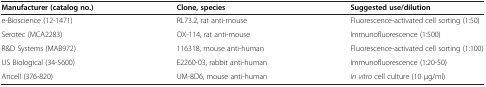
<table><thead><tr><td><b>Manufacturer (catalog no.)</b></td><td><b>Clone, species</b></td><td><b>Suggested use/dilution</b></td></tr></thead><tbody><tr><td>e-Bioscience (12-1471)</td><td>RL73.2, rat anti-mouse</td><td>Fluorescence-activated cell sorting (1:50)</td></tr><tr><td>Serotec (MCA2283)</td><td>OX-114, rat anti-mouse</td><td>Immunofluorescence (1:500)</td></tr><tr><td>R&amp;D Systems (MAB972)</td><td>116318, mouse anti-human</td><td>Fluorescence-activated cell sorting (1:100)</td></tr><tr><td>US Biological (34-5600)</td><td>E2260-03, rabbit anti-human</td><td>Immunofluorescence (1:20-50)</td></tr><tr><td>Ancell (376-820)</td><td>UM-8D6, mouse anti-human</td><td><i>In vitro</i> cell culture (10 μg/ml)</td></tr></tbody></table>